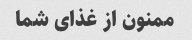
ممنون از غذای شما